画像に写った文字を読んでください
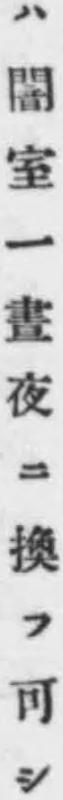
「ハ闇室一晝夜ニ換フ可シ」と書いてあります